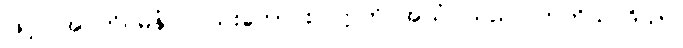
ဖြင့်။ အဂတိဂမနံ၊ လည်းကောင်း။ ဣတိ အယံ၊ သည်။ တတိယ ဒိသာ၊